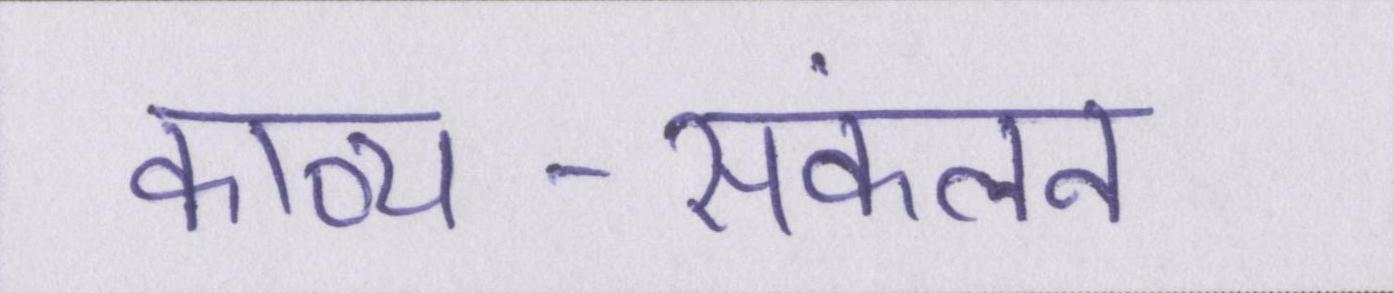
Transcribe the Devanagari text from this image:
काव्य-संकलन